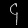
Digit: ၄